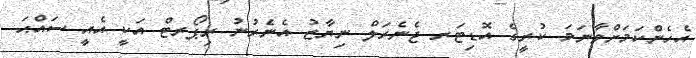
އެހެންކަމަށްވާނަމަ ކުރީގެ އޮޑިޓަރ ޖެނެރަލް ނިޔާޒު އެނެރުނު ރިޕޯރޓް އަކީ އެއީ ސައްޙަ